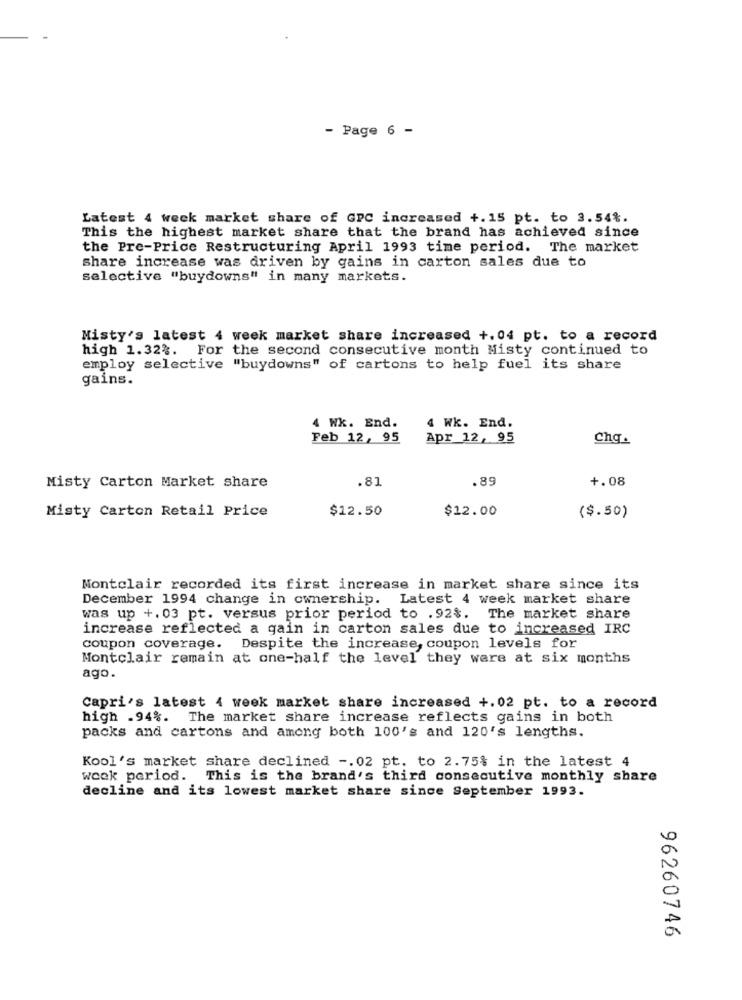
- Page 6 -
Latest 4 week market share of GPC increased +.15 pt. to 3.54%.
This the highest market share that the brand has achieved since
the Pre-Price Restructuring April 1993 time period. The market
share increase was driven by gains in carton sales due to
selective "buydowns" in many markets.
Misty's latest 4 week market share increased +.04 pt. to a record
high 1.32%. For the second consecutive month Misty continued to
employ selective "buydowns" of cartons to help fuel its share
gains.
4 Wk. End.
4 Wk. End.
Feb 12, 95
Apr 12, 95
Chq .
.81
.89
+.08
Misty Carton Market share
Misty Carton Retail Price
$12.50
$12.00
($.50)
Montclair recorded its first increase in market share since its
December 1994 change in ownership. Latest 4 week market share
was up +. 03 pt. versus prior period to .92$. The market share
increase reflected a gain in carton sales due to increased IRC
coupon coverage. Despite the increase, coupon levels for
Montclair remain at one-half the level they were at six months
ago.
Capri's latest 4 week market share increased +.02 pt. to a record
high .94%. The market share increase reflects gains in both
packs and cartons and among both 100's and 120's lengths.
Kool's market share declined -. 02 pt. to 2.75% in the latest 4
week period. This is the brand's third consecutive monthly share
decline and its lowest market share since September 1993.
96260746